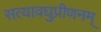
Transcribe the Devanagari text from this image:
सत्यावघुप्रीणनम्